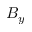
B _ { y }